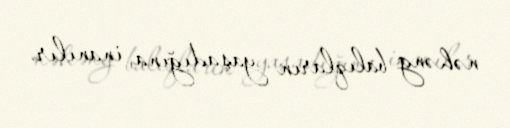
nəhəng balıqların yaşadığına inanılır.